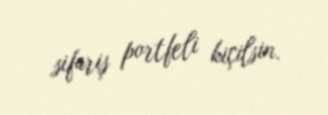
sifariş portfeli kiçilsin.